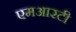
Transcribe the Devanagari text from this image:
एमआरटी